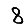
Digit: 8